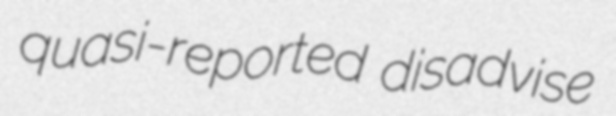
quasi-reported disadvise